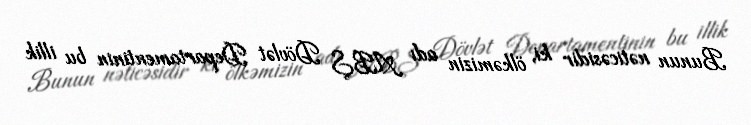
Bunun nəticəsidir ki, ölkəmizin adı ABŞ Dövlət Departamentinin bu illik